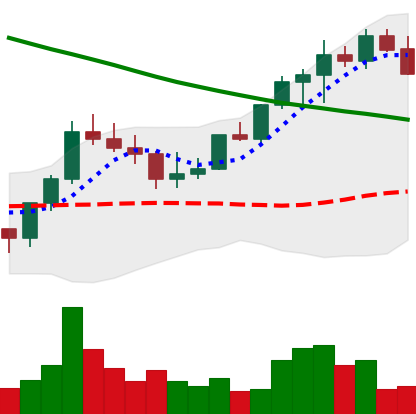
Ticker: LINK-USD
Chart end date: 2022-08-14
Forward return: -21.276%
Label: down_7plus